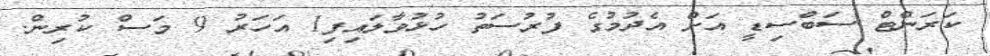
ކަރަންޓް ސަބްސިޑީ އަށް އެދުމުގެ ފުރުސަތު ހުޅުވާލައިފި1 އަހަރު 9 މަސް ކުރިން.